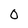
Character: O